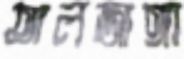
তালজাঙ্গা